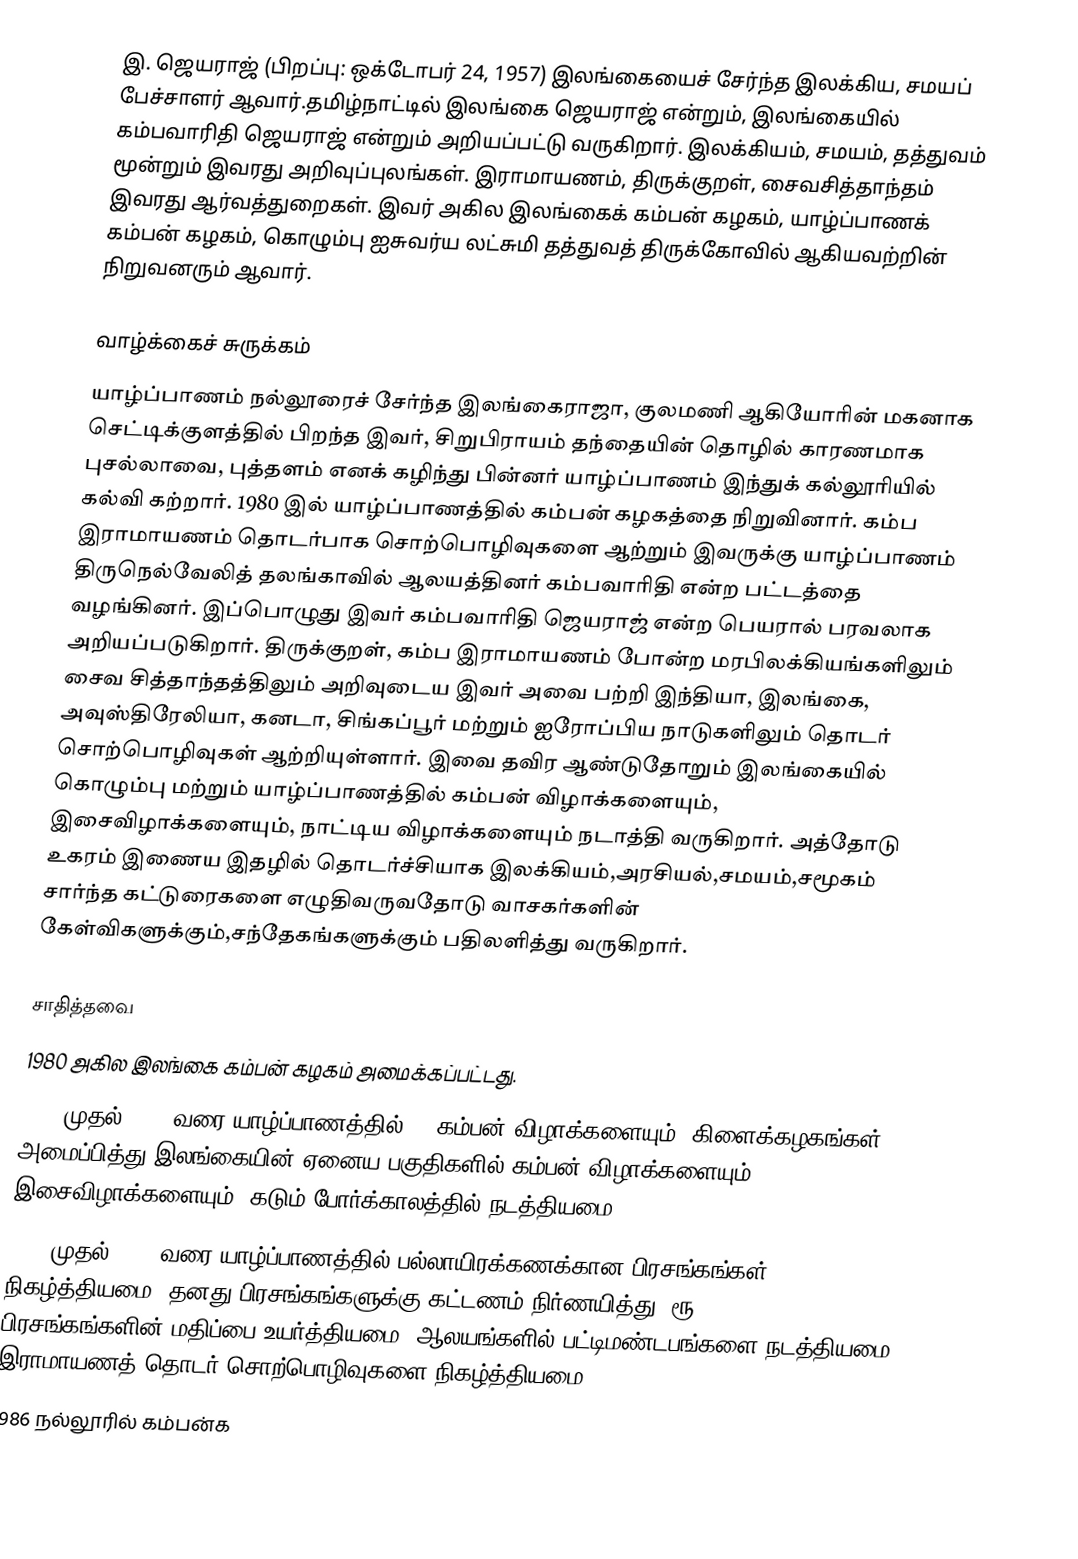
இ. ஜெயராஜ் (பிறப்பு: ஒக்டோபர் 24, 1957) இலங்கையைச் சேர்ந்த இலக்கிய, சமயப் பேச்சாளர் ஆவார்.தமிழ்நாட்டில் இலங்கை ஜெயராஜ் என்றும், இலங்கையில் கம்பவாரிதி ஜெயராஜ் என்றும் அறியப்பட்டு வருகிறார். இலக்கியம், சமயம், தத்துவம் மூன்றும் இவரது அறிவுப்புலங்கள். இராமாயணம், திருக்குறள், சைவசித்தாந்தம் இவரது ஆர்வத்துறைகள். இவர் அகில இலங்கைக் கம்பன் கழகம், யாழ்ப்பாணக் கம்பன் கழகம், கொழும்பு ஐசுவர்ய லட்சுமி தத்துவத் திருக்கோவில் ஆகியவற்றின் நிறுவனரும் ஆவார்.

வாழ்க்கைச் சுருக்கம்
யாழ்ப்பாணம் நல்லூரைச் சேர்ந்த இலங்கைராஜா, குலமணி ஆகியோரின் மகனாக செட்டிக்குளத்தில் பிறந்த இவர், சிறுபிராயம் தந்தையின் தொழில் காரணமாக புசல்லாவை, புத்தளம் எனக் கழிந்து பின்னர் யாழ்ப்பாணம் இந்துக் கல்லூரியில் கல்வி கற்றார். 1980 இல் யாழ்ப்பாணத்தில் கம்பன் கழகத்தை நிறுவினார். கம்ப இராமாயணம் தொடர்பாக சொற்பொழிவுகளை ஆற்றும் இவருக்கு யாழ்ப்பாணம் திருநெல்வேலித் தலங்காவில் ஆலயத்தினர் கம்பவாரிதி என்ற பட்டத்தை வழங்கினர். இப்பொழுது இவர் கம்பவாரிதி ஜெயராஜ் என்ற பெயரால் பரவலாக அறியப்படுகிறார். திருக்குறள், கம்ப இராமாயணம் போன்ற மரபிலக்கியங்களிலும் சைவ சித்தாந்தத்திலும் அறிவுடைய இவர் அவை பற்றி இந்தியா, இலங்கை, அவுஸ்திரேலியா, கனடா, சிங்கப்பூர் மற்றும் ஐரோப்பிய நாடுகளிலும் தொடர் சொற்பொழிவுகள் ஆற்றியுள்ளார். இவை தவிர ஆண்டுதோறும் இலங்கையில் கொழும்பு மற்றும் யாழ்ப்பாணத்தில் கம்பன் விழாக்களையும், இசைவிழாக்களையும், நாட்டிய விழாக்களையும் நடாத்தி வருகிறார். அத்தோடு உகரம் இணைய இதழில் தொடர்ச்சியாக இலக்கியம்,அரசியல்,சமயம்,சமூகம் சார்ந்த கட்டுரைகளை எழுதிவருவதோடு வாசகர்களின் கேள்விகளுக்கும்,சந்தேகங்களுக்கும் பதிலளித்து வருகிறார்.

சாதித்தவை
1980 அகில இலங்கை கம்பன் கழகம் அமைக்கப்பட்டது.
1980 முதல் 1995 வரை யாழ்ப்பாணத்தில் 13 கம்பன் விழாக்களையும், கிளைக்கழகங்கள் அமைப்பித்து இலங்கையின் ஏனைய பகுதிகளில் கம்பன் விழாக்களையும் இசைவிழாக்களையும், கடும் போர்க்காலத்தில் நடத்தியமை.
1975 முதல் 1995 வரை யாழ்ப்பாணத்தில் பல்லாயிரக்கணக்கான பிரசங்கங்கள் நிகழ்த்தியமை. தனது பிரசங்கங்களுக்கு கட்டணம் நிர்ணயித்து (ரூ.1000) பிரசங்கங்களின் மதிப்பை உயர்த்தியமை. ஆலயங்களில் பட்டிமண்டபங்களை நடத்தியமை, இராமாயணத் தொடர்  சொற்பொழிவுகளை நிகழ்த்தியமை.
1986 நல்லூரில் கம்பன்க